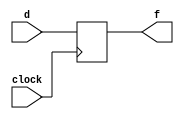
module dff2(d,clock,f);
input d,clock;                                               
output f;
reg f;
always @ (posedge clock)
f<=d;
endmodule

module shiftregister6bit(d,clock,q);
input d,clock;
output [5:0]q;

dff2 stage0(d,clock,q[0]);
dff2 stage1(q[0],clock,q[1]);
dff2 stage2(q[1],clock,q[2]);
dff2 stage3(q[2],clock,q[3]);
dff2 stage4(q[3],clock,q[4]);
dff2 stage5(q[4],clock,q[5]);
endmodule